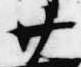
廿